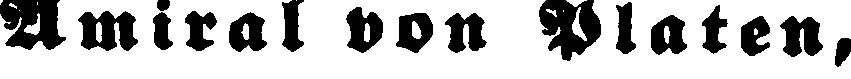
Amiral von Platen,